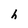
Character: h